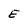
Character: E